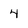
Character: 4